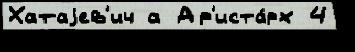
Хатаjев'ич а Ар'иста́рх 4